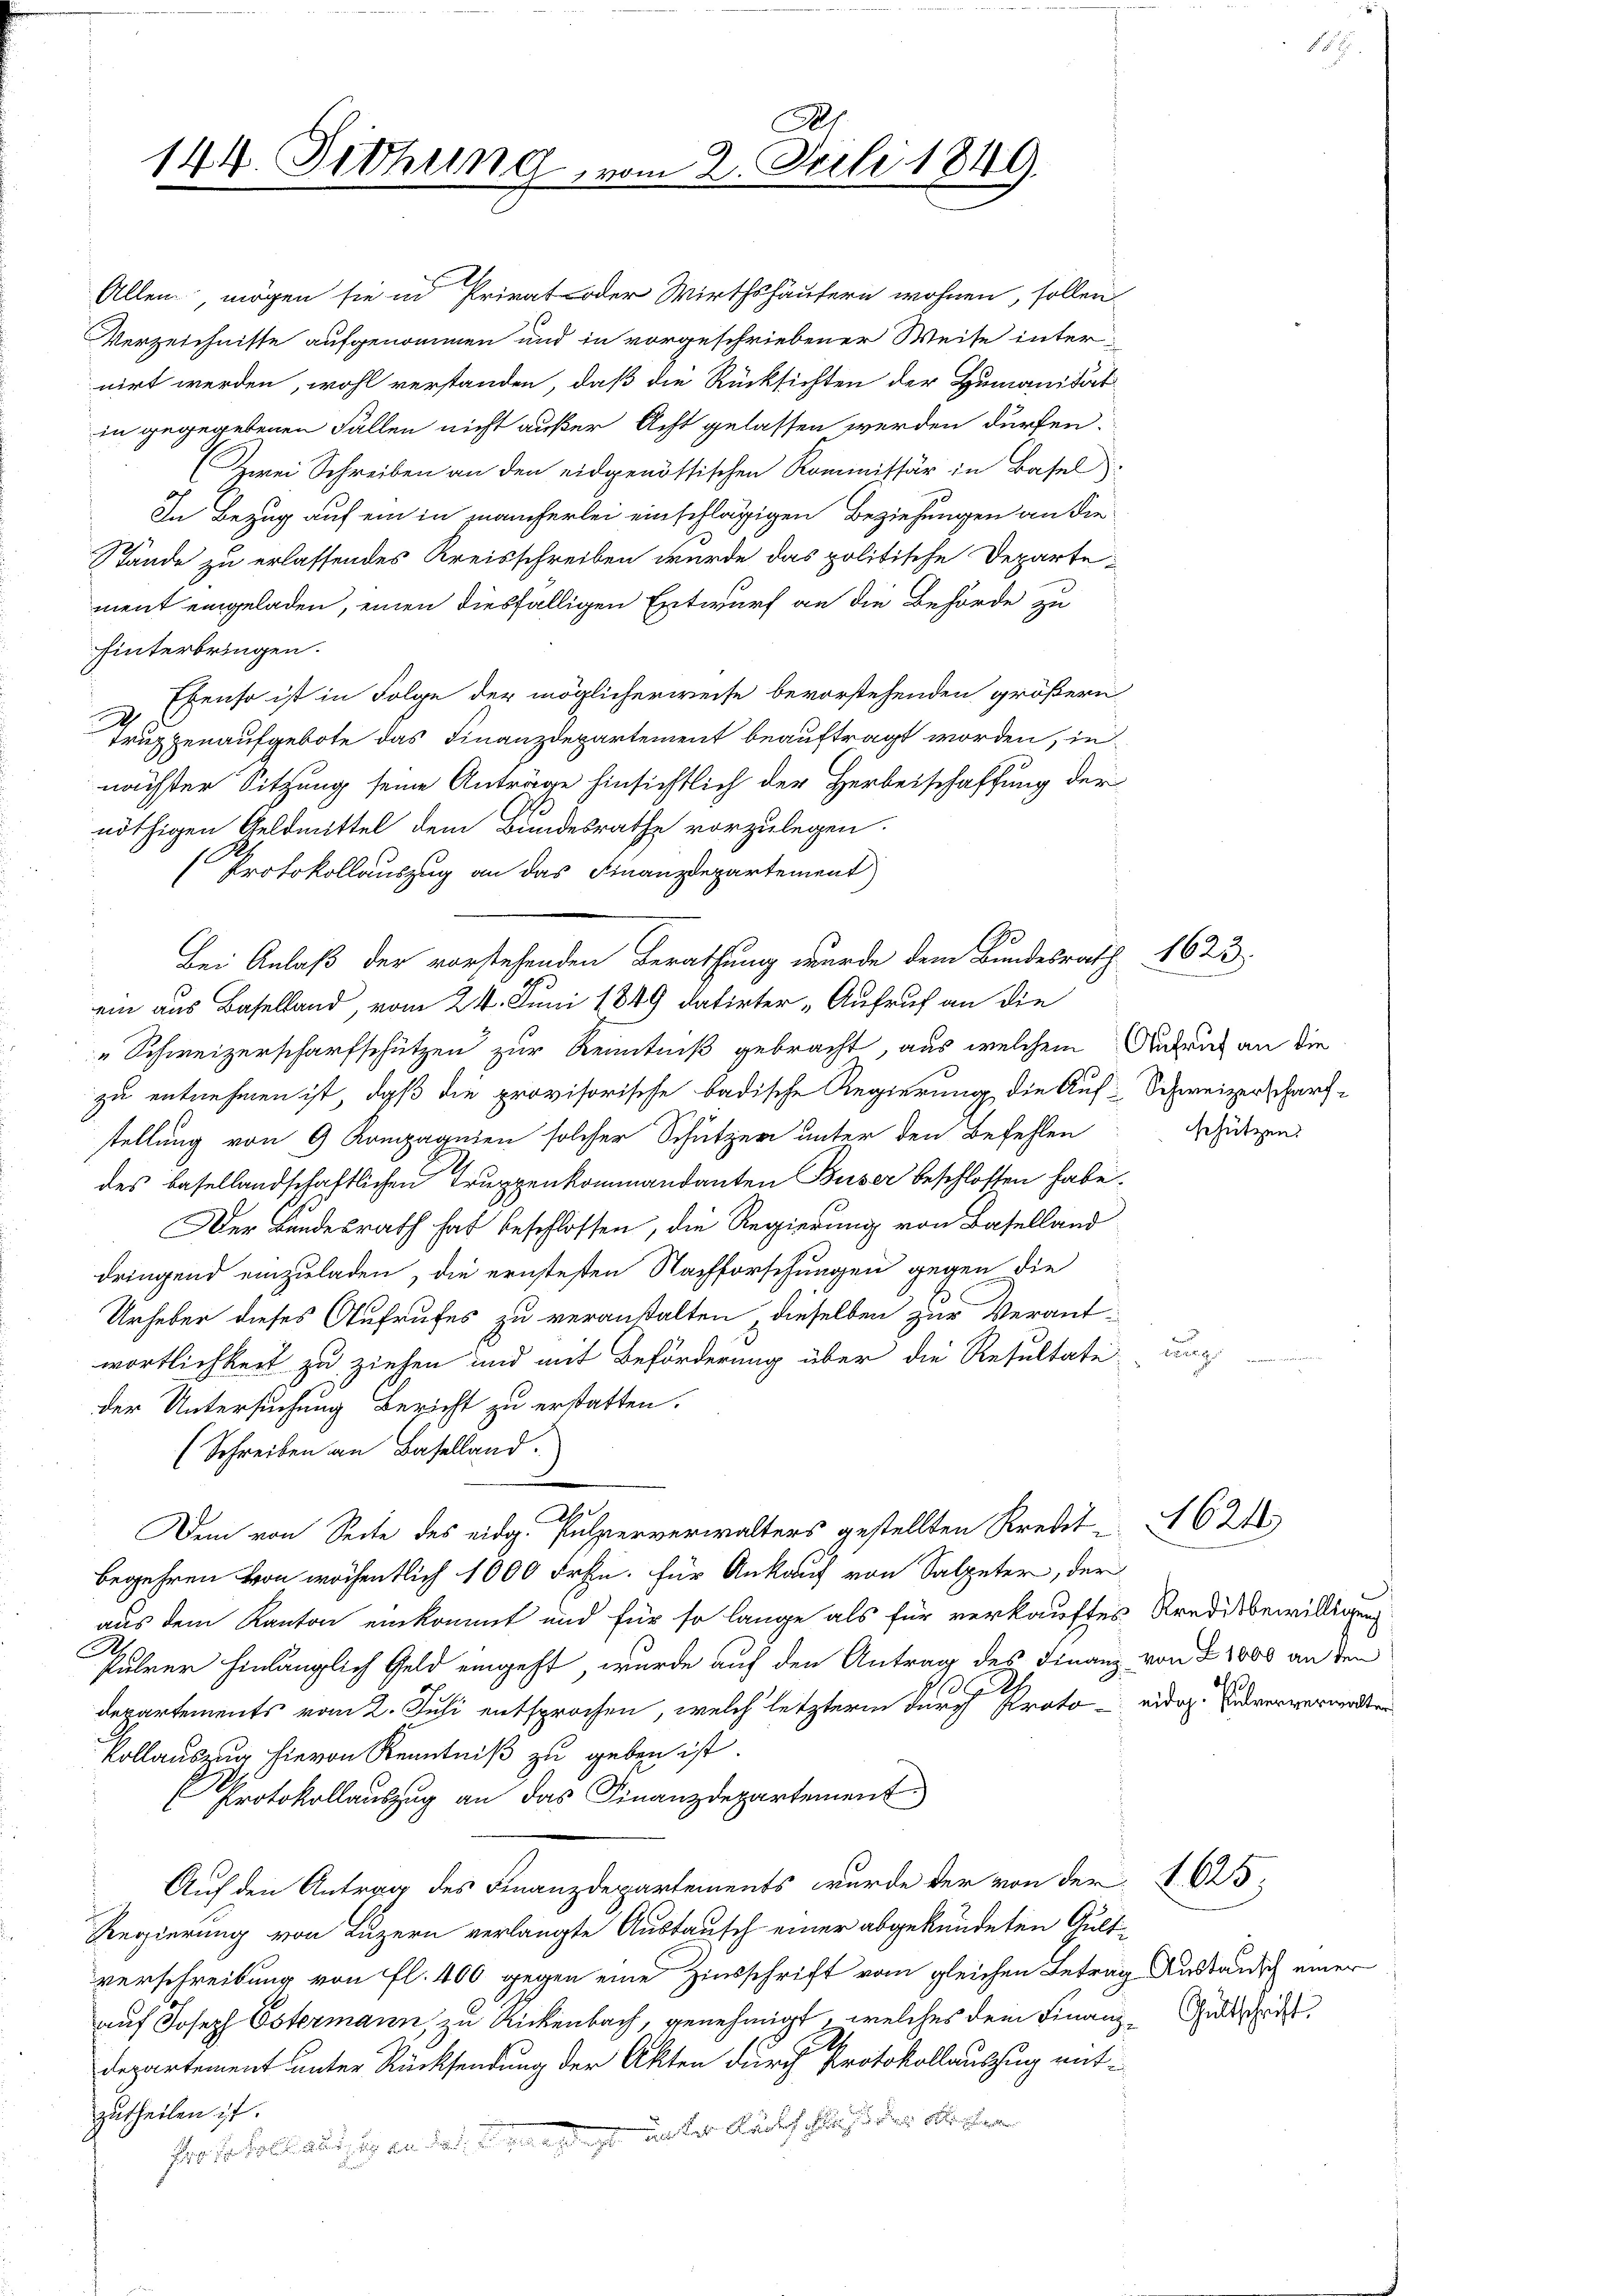
A
144. Sethung, vom 2. Juli 1849.

Allen, mögen sie in Privat- oder Wirthshäusern wohnen, sollen
Verzeichnisse aufgenommen und in vorgeschriebener Weise internirt werden, wohl verstanden, daß die Rücksichten der Humanität
in gegegebenen Fällen nicht außer Acht gelassen werden dürfen.
(Zwei Schreiben an den eidgenössischen Kommissär in Basel
In Bezug auf ein in mancherlei einschlägigen Beziehungen an die
Stände zu erlassendes Kreisschreiben wurde das politische Departement eingeladen, einen diesfälligen Entwurf an die Behörde zu
hinterbringen.
Ebenso ist in Folge der möglicherweise bevorstehenden größern
.
Truppenaufgebote das Finanzdepartement beauftragt worden, innächster Sitzung seine Anträge hinsichtlich der Herbeischaffung der
nöthigen Geldmittel dem Bundesrathe vorzulegen.
10
Protokollauszug an das Finanzdepartement
ein aus Baselland, vom 24. Juni 1849 datirter „Aufruf an die
„Schweizerscharfschützen zur Kenntniß gebracht, aus welchem Aufruf an die
zu entnehmen ist, daß die provisorische badische Regierung die Auf-Schweizerscharfstellung von 9 Kompagnien solcher Schützen unter den Befehlen
des basellandschaftlichen Truppenkommandanten Buser beschlossen habe.
Der Bundesrath hat beschlossen, die Regierung von Baselland
dringend einzuladen, die erntesten Nachforschungen gegen die
Urheber dieses Aufrufes zu veranstalten, dieselben zur Verant-
wortlichkeit zu ziehen und mit Beförderung über die Resultate-
der Untersuchung Bericht zu erstatten.
(Schreiben an Baselland.
A
Dem von Seite des eidg. Palperverwalters gestellten Kredit 1624
begehren von wöchentlich 1000 Frkn. für Ankauf von Salpeter, der
aus dem Kanton einkommt und für so lange als für verkauftes Kreditbewilligung
e
führer hinlänglich Geld eingeht, wurde auf den Antrag des Finanz von § 1000 an den
h
Departements vom 2. Juli entsprochen, welch letztere durch Proto-eidig. Und ververwarten
kollauszug hievon Kenntniß zu geben ist.
Protokollauszug an das Finanzdepartement
Auf den Antrag des Finanzdepartements wurde der von der § 625.
Regierung von Luzern verlangte Austausch einer abgekündeten Gultverschreibung von fl. 400 gegen eine Zinsschrift vom gleichen Betrag Kuständisch einer
auf Joseph Estermann, zu Rickenbach, genehmigt, welches dem Finanz-Sudthe
departement unter Rücksendung der Akten durch Protokollauszug entzutheilen ist.
frotokolauszug an dass es ist unter Rückschluß der Archia

Bei Anlaß der vorstehenden Berathung wurde dem Bundesrath

du

1623

schützen.

dh.